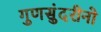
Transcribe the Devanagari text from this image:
गुणसुंदरीनो